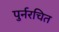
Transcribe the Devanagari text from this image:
पुर्नरचित